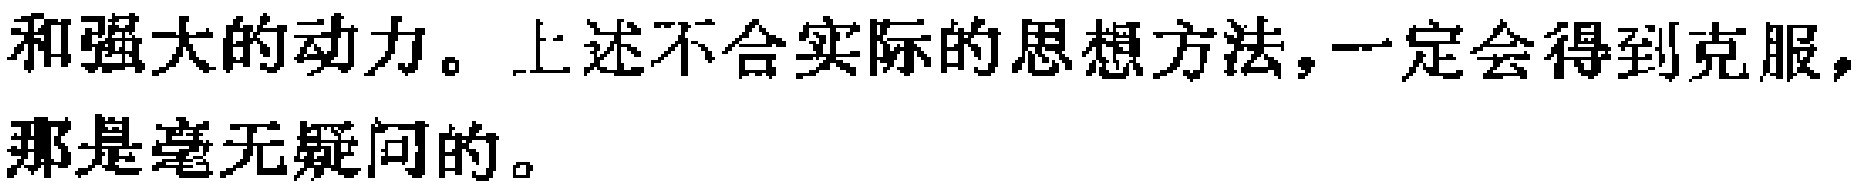
和强大的动力。上述不合实际的思想方法,一定会得到克服,那是毫无疑问的。